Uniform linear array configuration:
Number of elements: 24
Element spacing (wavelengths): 0.5
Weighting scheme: kaiser
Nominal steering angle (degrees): -30
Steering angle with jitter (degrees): -28.669
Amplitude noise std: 0.05
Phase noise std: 0.05

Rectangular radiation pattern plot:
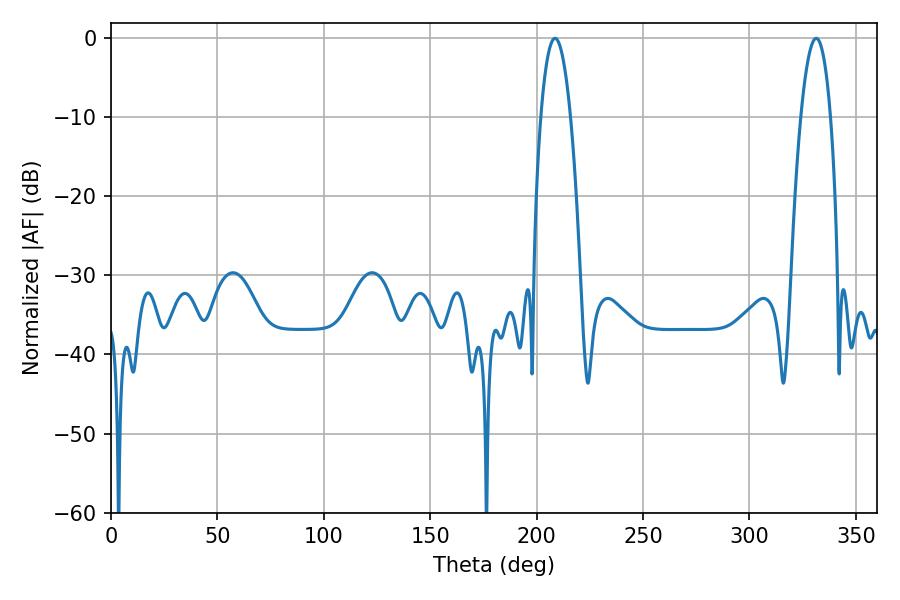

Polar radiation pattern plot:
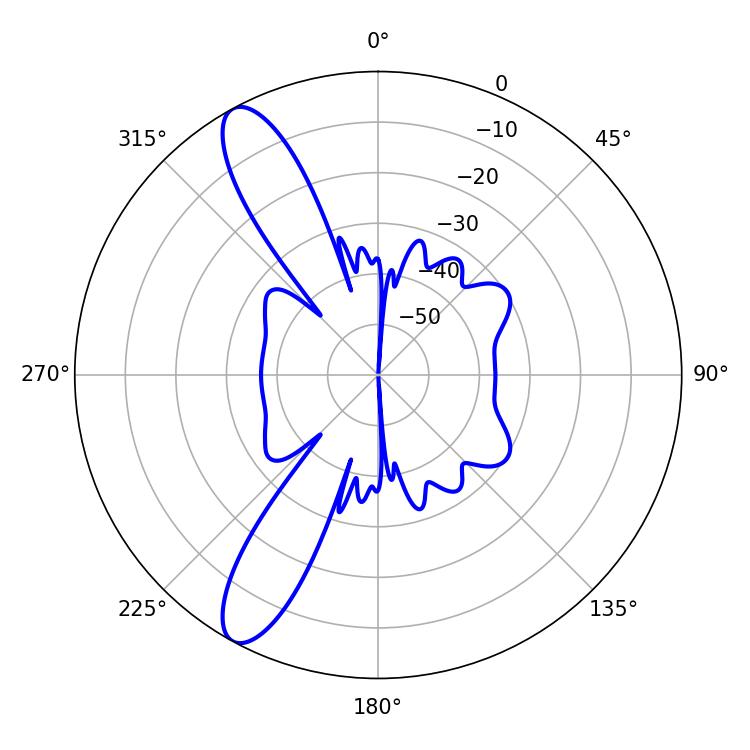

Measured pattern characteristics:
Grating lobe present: FALSE
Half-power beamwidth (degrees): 7.74
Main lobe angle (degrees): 208.62